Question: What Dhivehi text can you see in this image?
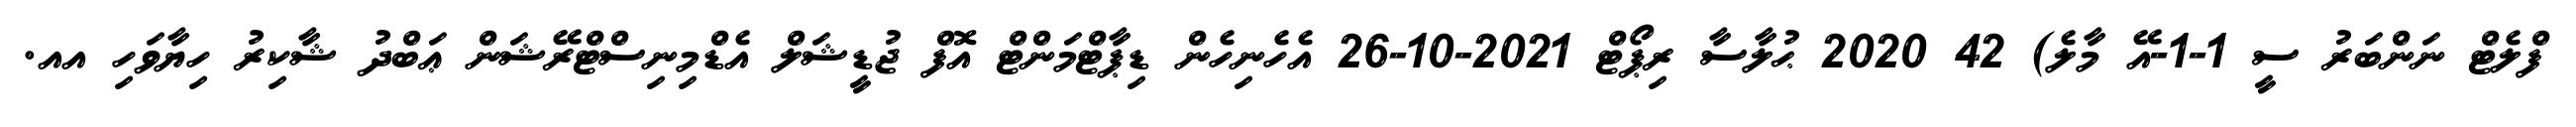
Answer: ފްލެޓް ނަންބަރު ސީ 1-1-އޭ މާލެ) 42 2020 ޙުލާސާ ރިޕޯޓް 2021-10-26 އެހެނިހެން ޑިޕާޓްމަންޓް އޮފް ޖުޑީޝަލް އެޑްމިނިސްޓްރޭޝަން ޢަބްދު ޝާކިރު ހިޔާވަހި އއ.